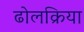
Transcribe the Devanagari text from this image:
ढोलक्रिया